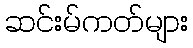
ဆင်းမ်ကတ်များ